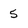
Character: 5